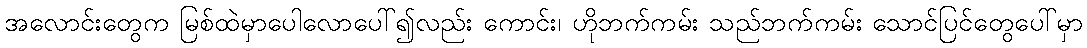
အလောင်းတွေက မြစ်ထဲမှာပေါလောပေါ်၍လည်း ကောင်း၊ ဟိုဘက်ကမ်း သည်ဘက်ကမ်း သောင်ပြင်တွေပေါ်မှာ